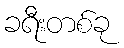
ခရီးတစ်ခု